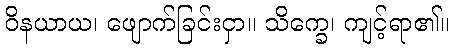
ဝိနယာယ၊ ဖျောက်ခြင်းငှာ။ သိက္ခေ၊ ကျင့်ရာ၏။